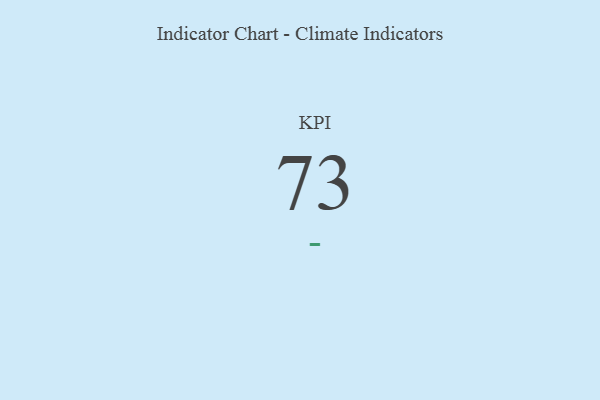
{"axis": {"x": "KPI", "y": "Value"}, "legend": [""], "data": [{"x": "KPI", "y": 73, "type": ""}]}